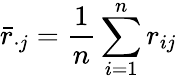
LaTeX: {\bar{r}}_{\cdot j}={\frac{1}{n}}\sum_{i=1}^{n}{r_{ij}}